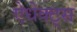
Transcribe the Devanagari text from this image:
ऐधेक्ट्स